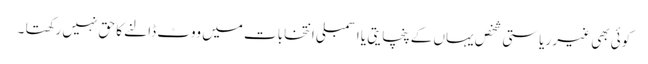
کوئی بھی غیر ریاستی شخص یہاں کے پنچایتی یا اسمبلی انتخابات میں ووٹ ڈالنے کا حق نہیں رکھتا ۔